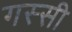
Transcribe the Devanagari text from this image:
गस्सी